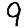
Digit: 9